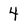
Character: 4